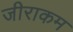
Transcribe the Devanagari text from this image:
जीराकम